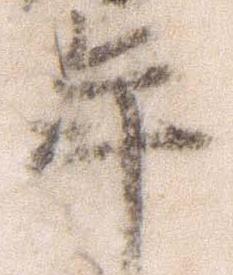
年